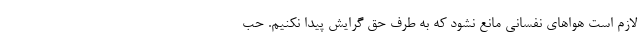
لازم است هوا‌های نفسانی مانع نشود که به طرف حق گرایش پیدا نکنیم. حب